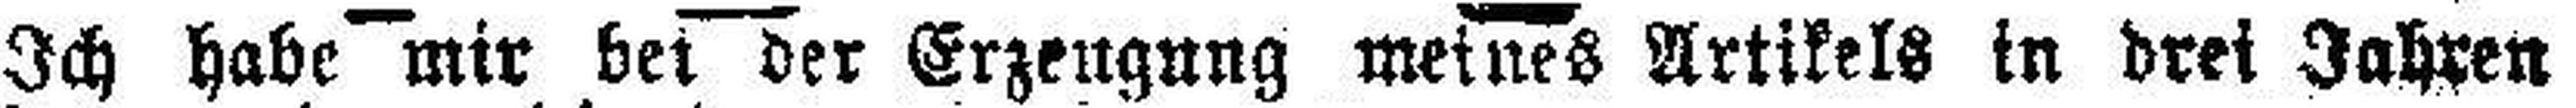
Ich habe mir bei der Erzeugung meines Artikels in drei Jahren